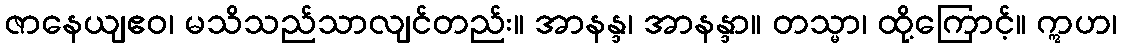
ဇာနေယျဧဝ၊ မသိသည်သာလျင်တည်း။ အာနန္ဒ၊ အာနန္ဒာ။ တသ္မာ၊ ထို့ကြောင့်။ ဣဟ၊